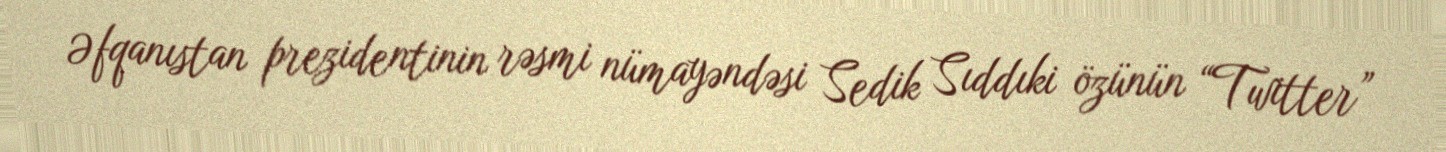
Əfqanıstan prezidentinin rəsmi nümayəndəsi Sedik Sıddıki özünün “Twitter”